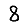
Digit: 8